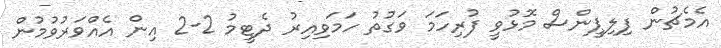
އެމެޗުން ފިލިޕީންސް މޮޅުވީ ފުރިހަމަ ވަގުތު ހަމަވިއިރު ދެޓީމު 2-2 އިން އެއްވަރުވުމުން